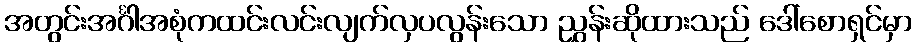
အတွင်းအင်္ဂါအစုံကထင်းလင်းလျက်လှပလွန်းသော ညွှန်းဆိုထားသည် ဒေါ်စောရှင်မှာ